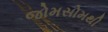
જોમસોમથી